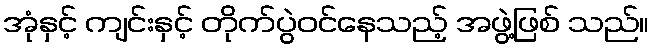
အုံနှင့် ကျင်းနှင့် တိုက်ပွဲဝင်နေသည့် အဖွဲ့ဖြစ် သည်။